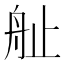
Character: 𱼷